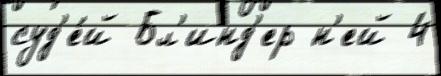
суд'е́й Бл'инд'ер н'ей 4